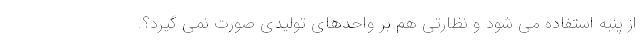
از پنبه استفاده می شود و نظارتی هم بر واحدهای تولیدی صورت نمی گیرد؟.